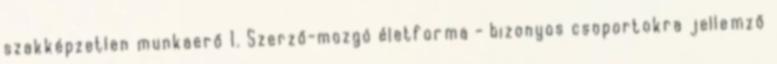
szakképzetlen munkaerő 1. Szerző-mozgó életforma - bizonyos csoportokra jellemző